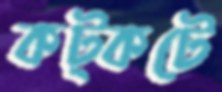
কট্‌কটে